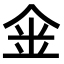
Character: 𠉓